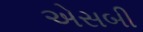
એસબી